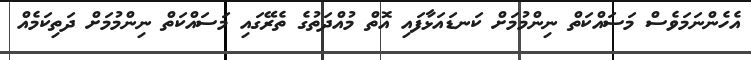
އެހެންނަމަވެސް މަސައްކަތް ނިންމުމަށް ކަނޑައަޅާފައި އޮތް މުއްދަތުގެ ތެރޭގައި މަސައްކަތް ނިންމުމަށް ދަތިކަމެއް